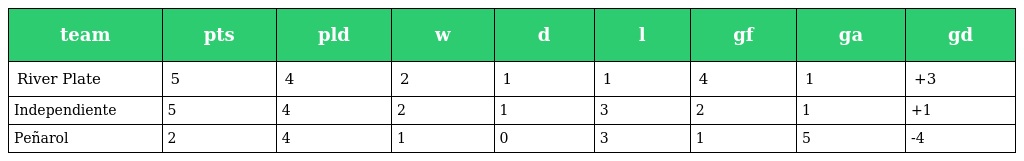
| team | pts | pld | w | d | l | gf | ga | gd |
 | --- | --- | --- | --- | --- | --- | --- | --- | --- |
 | River Plate | 5 | 4 | 2 | 1 | 1 | 4 | 1 | +3 |
 | Independiente | 5 | 4 | 2 | 1 | 3 | 2 | 1 | +1 |
 | Peñarol | 2 | 4 | 1 | 0 | 3 | 1 | 5 | -4 |